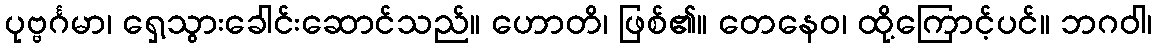
ပုဗ္ဗင်္ဂမာ၊ ရှေ့သွားခေါင်းဆောင်သည်။ ဟောတိ၊ ဖြစ်၏။ တေနေဝ၊ ထို့ကြောင့်ပင်။ ဘဂဝါ၊